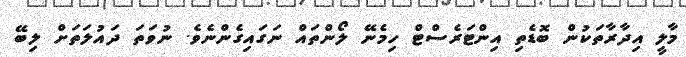
މާލީ އިދާރާތަކުން ބޮޑެތި އިންޓަރެސްޓް ހިމެނޭ ލޯންތައް ނަގައިގެންނެވެ. ނުވަތަ ދައުލަތަށް ލިބޭ